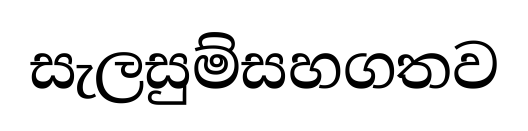
සැලසුම්සහගතව